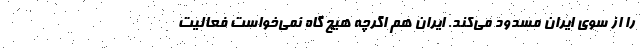
را از سوی ایران مسدود می‌کند. ایران هم اگرچه هیچ گاه نمی‌خواست فعالیت